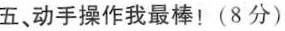
五、动手操作我最棒！(8分)